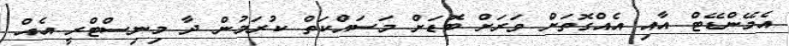
އެމޭންޑޭޓް އާއި އެއްގޮތަށް ވަރަށް ބޮޑަށް މަސައްކަތް ކުރަމުން ދާ މިނިސްޓްރީ އެއް